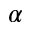
\alpha